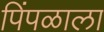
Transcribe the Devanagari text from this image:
पिंपळाला